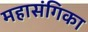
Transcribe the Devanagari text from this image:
महासंगिका